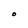
Character: O